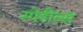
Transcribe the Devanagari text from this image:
स्पेडील्स